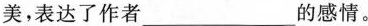
美，表达了作者___的感情。